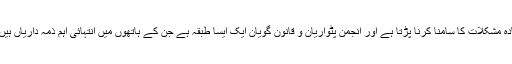
انہوں نے کہا کہ ہمارے ملک میں اراضی کے ریکارڈ کے حوالے سے غریب لوگوں کو زیادہ مشکلات کا سامنا کرنا پڑتا ہے اور انجمن پٹواریان و قانون گویان ایک ایسا طبقہ ہے جن کے ہاتھوں میں انتہائی اہم ذمہ داریاں ہیں اور عوام کی رہنمائی کرنے اور ان کی مشکلات کم کرانے میں اہم کردار ادا کر سکتے ہیں۔